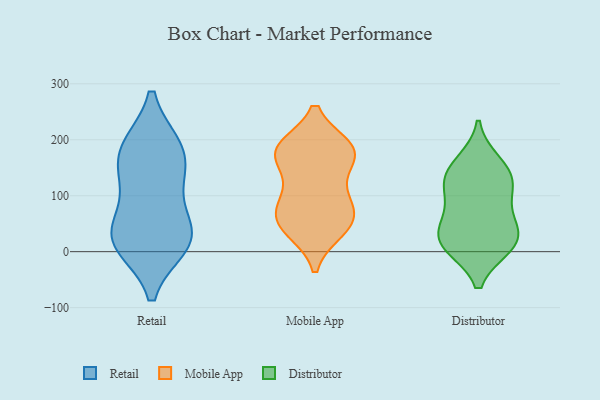
{"axis": {"x": "Temperature (°C)", "y": "Value"}, "legend": ["Distributor", "Mobile App", "Retail"], "data": [{"x": "", "y": 23, "type": "Retail"}, {"x": "", "y": 39, "type": "Retail"}, {"x": "", "y": 183, "type": "Retail"}, {"x": "", "y": 13, "type": "Retail"}, {"x": "", "y": 184, "type": "Retail"}, {"x": "", "y": 128, "type": "Retail"}, {"x": "", "y": 123, "type": "Retail"}, {"x": "", "y": 186, "type": "Retail"}, {"x": "", "y": 34, "type": "Retail"}, {"x": "", "y": 18, "type": "Retail"}, {"x": "", "y": 59, "type": "Mobile App"}, {"x": "", "y": 182, "type": "Mobile App"}, {"x": "", "y": 66, "type": "Mobile App"}, {"x": "", "y": 83, "type": "Mobile App"}, {"x": "", "y": 107, "type": "Mobile App"}, {"x": "", "y": 184, "type": "Mobile App"}, {"x": "", "y": 90, "type": "Mobile App"}, {"x": "", "y": 38, "type": "Mobile App"}, {"x": "", "y": 181, "type": "Mobile App"}, {"x": "", "y": 183, "type": "Mobile App"}, {"x": "", "y": 172, "type": "Mobile App"}, {"x": "", "y": 39, "type": "Mobile App"}, {"x": "", "y": 186, "type": "Mobile App"}, {"x": "", "y": 48, "type": "Mobile App"}, {"x": "", "y": 146, "type": "Mobile App"}, {"x": "", "y": 61, "type": "Distributor"}, {"x": "", "y": 10, "type": "Distributor"}, {"x": "", "y": 116, "type": "Distributor"}, {"x": "", "y": 103, "type": "Distributor"}, {"x": "", "y": 14, "type": "Distributor"}, {"x": "", "y": 46, "type": "Distributor"}, {"x": "", "y": 143, "type": "Distributor"}, {"x": "", "y": 12, "type": "Distributor"}, {"x": "", "y": 159, "type": "Distributor"}, {"x": "", "y": 132, "type": "Distributor"}, {"x": "", "y": 26, "type": "Distributor"}]}